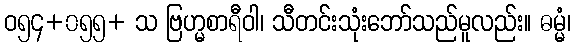
ဝ၅၄+၀၅၅+ သ ဗြဟ္မစာရီဝါ၊ သီတင်းသုံးဘော်သည်မူလည်း။ ဓမ္မံ၊